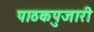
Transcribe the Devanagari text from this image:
पाठकपुजारी